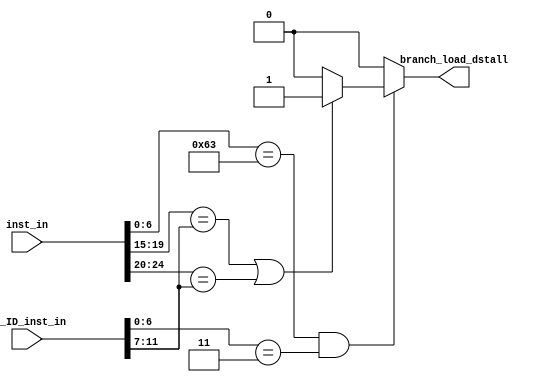
`timescale 1ps / 1ps

module branch_load_check(
		input [31:0] inst_in,
		input [31:0] IF_ID_inst_in,
		
        output reg branch_load_dstall
    );
	
	always @(*)
	begin
		branch_load_dstall = 1'b0;
		
		if ((inst_in[6:0] == 7'b1100011) && (IF_ID_inst_in[6:0] == 7'b0000011) )
		begin
			if ((inst_in[19:15] == IF_ID_inst_in[11:7]) || (inst_in[24:20] == IF_ID_inst_in[11:7]))
			begin
				branch_load_dstall = 1'b1;
			end				
		end
	end
	
endmodule